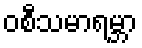
ဝစီသမာရမ္ဘာ